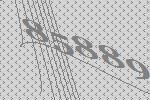
85889